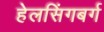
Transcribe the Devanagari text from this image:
हेलसिंगबर्ग